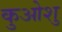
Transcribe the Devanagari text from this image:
कुओशु